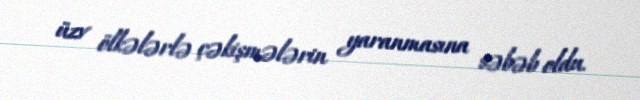
üzv ölkələrlə çəkişmələrin yaranmasına səbəb oldu.